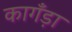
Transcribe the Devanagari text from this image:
कागँड़ा